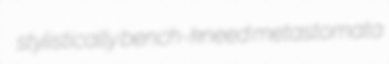
stylistically bench-kneed metastomata